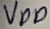
Text: VDD